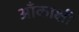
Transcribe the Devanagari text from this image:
आँकाक्षी